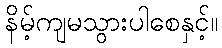
နိမ့်ကျမသွားပါစေနှင့်။